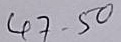
47 - 50